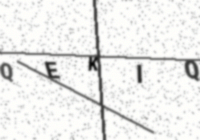
Text: QEKIQ